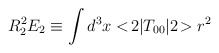
\begin{align*}R_2^2 E_2 \equiv \int d^3x <\!2|T_{00}|2\!> r^2 \end{align*}